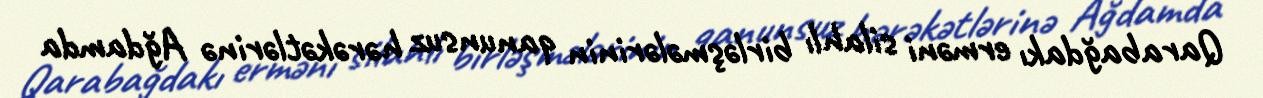
Qarabağdakı erməni silahlı birləşmələrinin qanunsuz hərəkətlərinə Ağdamda